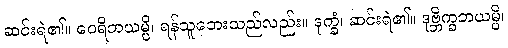
ဆင်းရဲ၏။ ဝေရိဘယမ္ပိ၊ ရန်သူဘေးသည်လည်း။ ဒုက္ခံ၊ ဆင်းရဲ၏။ ဒုဗ္ဘိက္ခဘယမ္ပိ၊